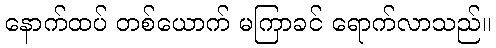
နောက်ထပ် တစ်ယောက် မကြာခင် ရောက်လာသည်။